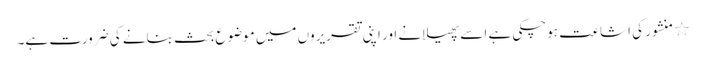
٭	منشور کی اشاعت ہوچکی ہے اسے پھیلانے اور اپنی تقریروں میں موضوع بحث بنانے کی ضرورت ہے۔